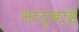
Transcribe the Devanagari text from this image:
भागुबाई